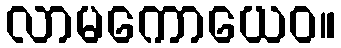
လာမကောယေဝ။